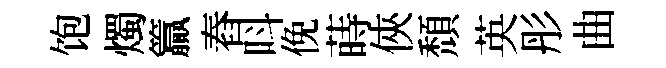
饱燭籯舂呌俛蒔俠頹英彤曲